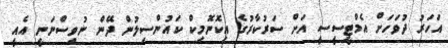
އަހަރު ދުވަހަށް އެމްޓީސީސީ އަށް ސަރުކާރުގެ އިކޮނޮމިކް ކައުންސިލުން ދޭން ނުވިސްނަނީ އެއީ